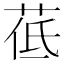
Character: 𦰣